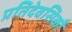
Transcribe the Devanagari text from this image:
प्रतिदेवसिकौ